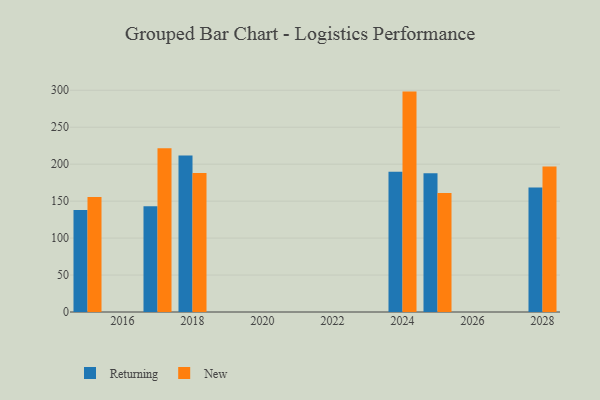
{"axis": {"x": "Year", "y": "Website Visitors"}, "legend": ["New", "Returning"], "data": [{"x": "2018", "y": 211.7, "type": "Returning"}, {"x": "2018", "y": 188.0, "type": "New"}, {"x": "2024", "y": 189.6, "type": "Returning"}, {"x": "2024", "y": 298.2, "type": "New"}, {"x": "2028", "y": 168.3, "type": "Returning"}, {"x": "2028", "y": 197.0, "type": "New"}, {"x": "2015", "y": 138.0, "type": "Returning"}, {"x": "2015", "y": 155.7, "type": "New"}, {"x": "2017", "y": 143.0, "type": "Returning"}, {"x": "2017", "y": 221.7, "type": "New"}, {"x": "2025", "y": 187.6, "type": "Returning"}, {"x": "2025", "y": 161.1, "type": "New"}]}